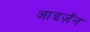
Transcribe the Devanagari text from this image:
आइज़ॅन